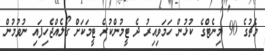
މެޗުގެ 90 މިނެޓްގެ ކުޅުން ހަމަވިއިރު ދެ ޓީމުންކުރެ ޓީމަކަށް ގޯލެއްޖެހިފައި ނުވުމުން